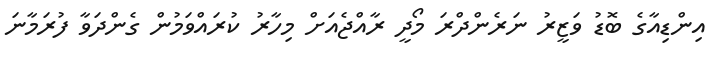
އިންޑިއާގެ ބޮޑު ވަޒީރު ނަރެންދްރަ މޯދީ ރާއްޖެއަށް މިހާރު ކުރައްވަމުން ގެންދަވާ ފުރަމާނަ